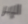
الإبر